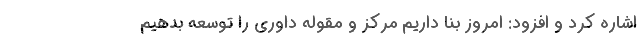
اشاره کرد و افزود: امروز بنا داریم مرکز و مقوله داوری را توسعه بدهیم